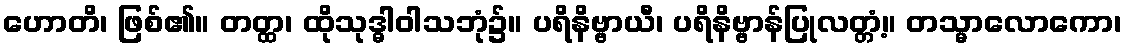
ဟောတိ၊ ဖြစ်၏။ တတ္ထ၊ ထိုသုဒ္ဓါဝါသဘုံ၌။ ပရိနိဗ္ဗာယီ၊ ပရိနိဗ္ဗာန်ပြုလတ္တံ့။ တသ္မာလောကော၊